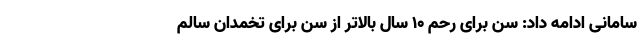
سامانی ادامه داد: سن برای رحم ۱۰ سال بالاتر از سن برای تخمدان سالم